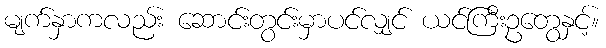
မျက်နှာကလည်း ဆောင်းတွင်းမှာပင်လျှင် ယင်ကြီးဥတွေနှင့်။